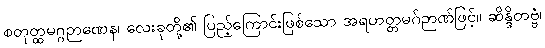
စတုတ္ထမဂ္ဂဉာဏေန၊ လေးခုတို့၏ ပြည့်ကြောင်းဖြစ်သော အရဟတ္တမဂ်ဉာဏ်ဖြင့်။ ဆိန္ဒိတဗ္ဗံ၊